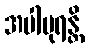
အပါပုရန္တိ